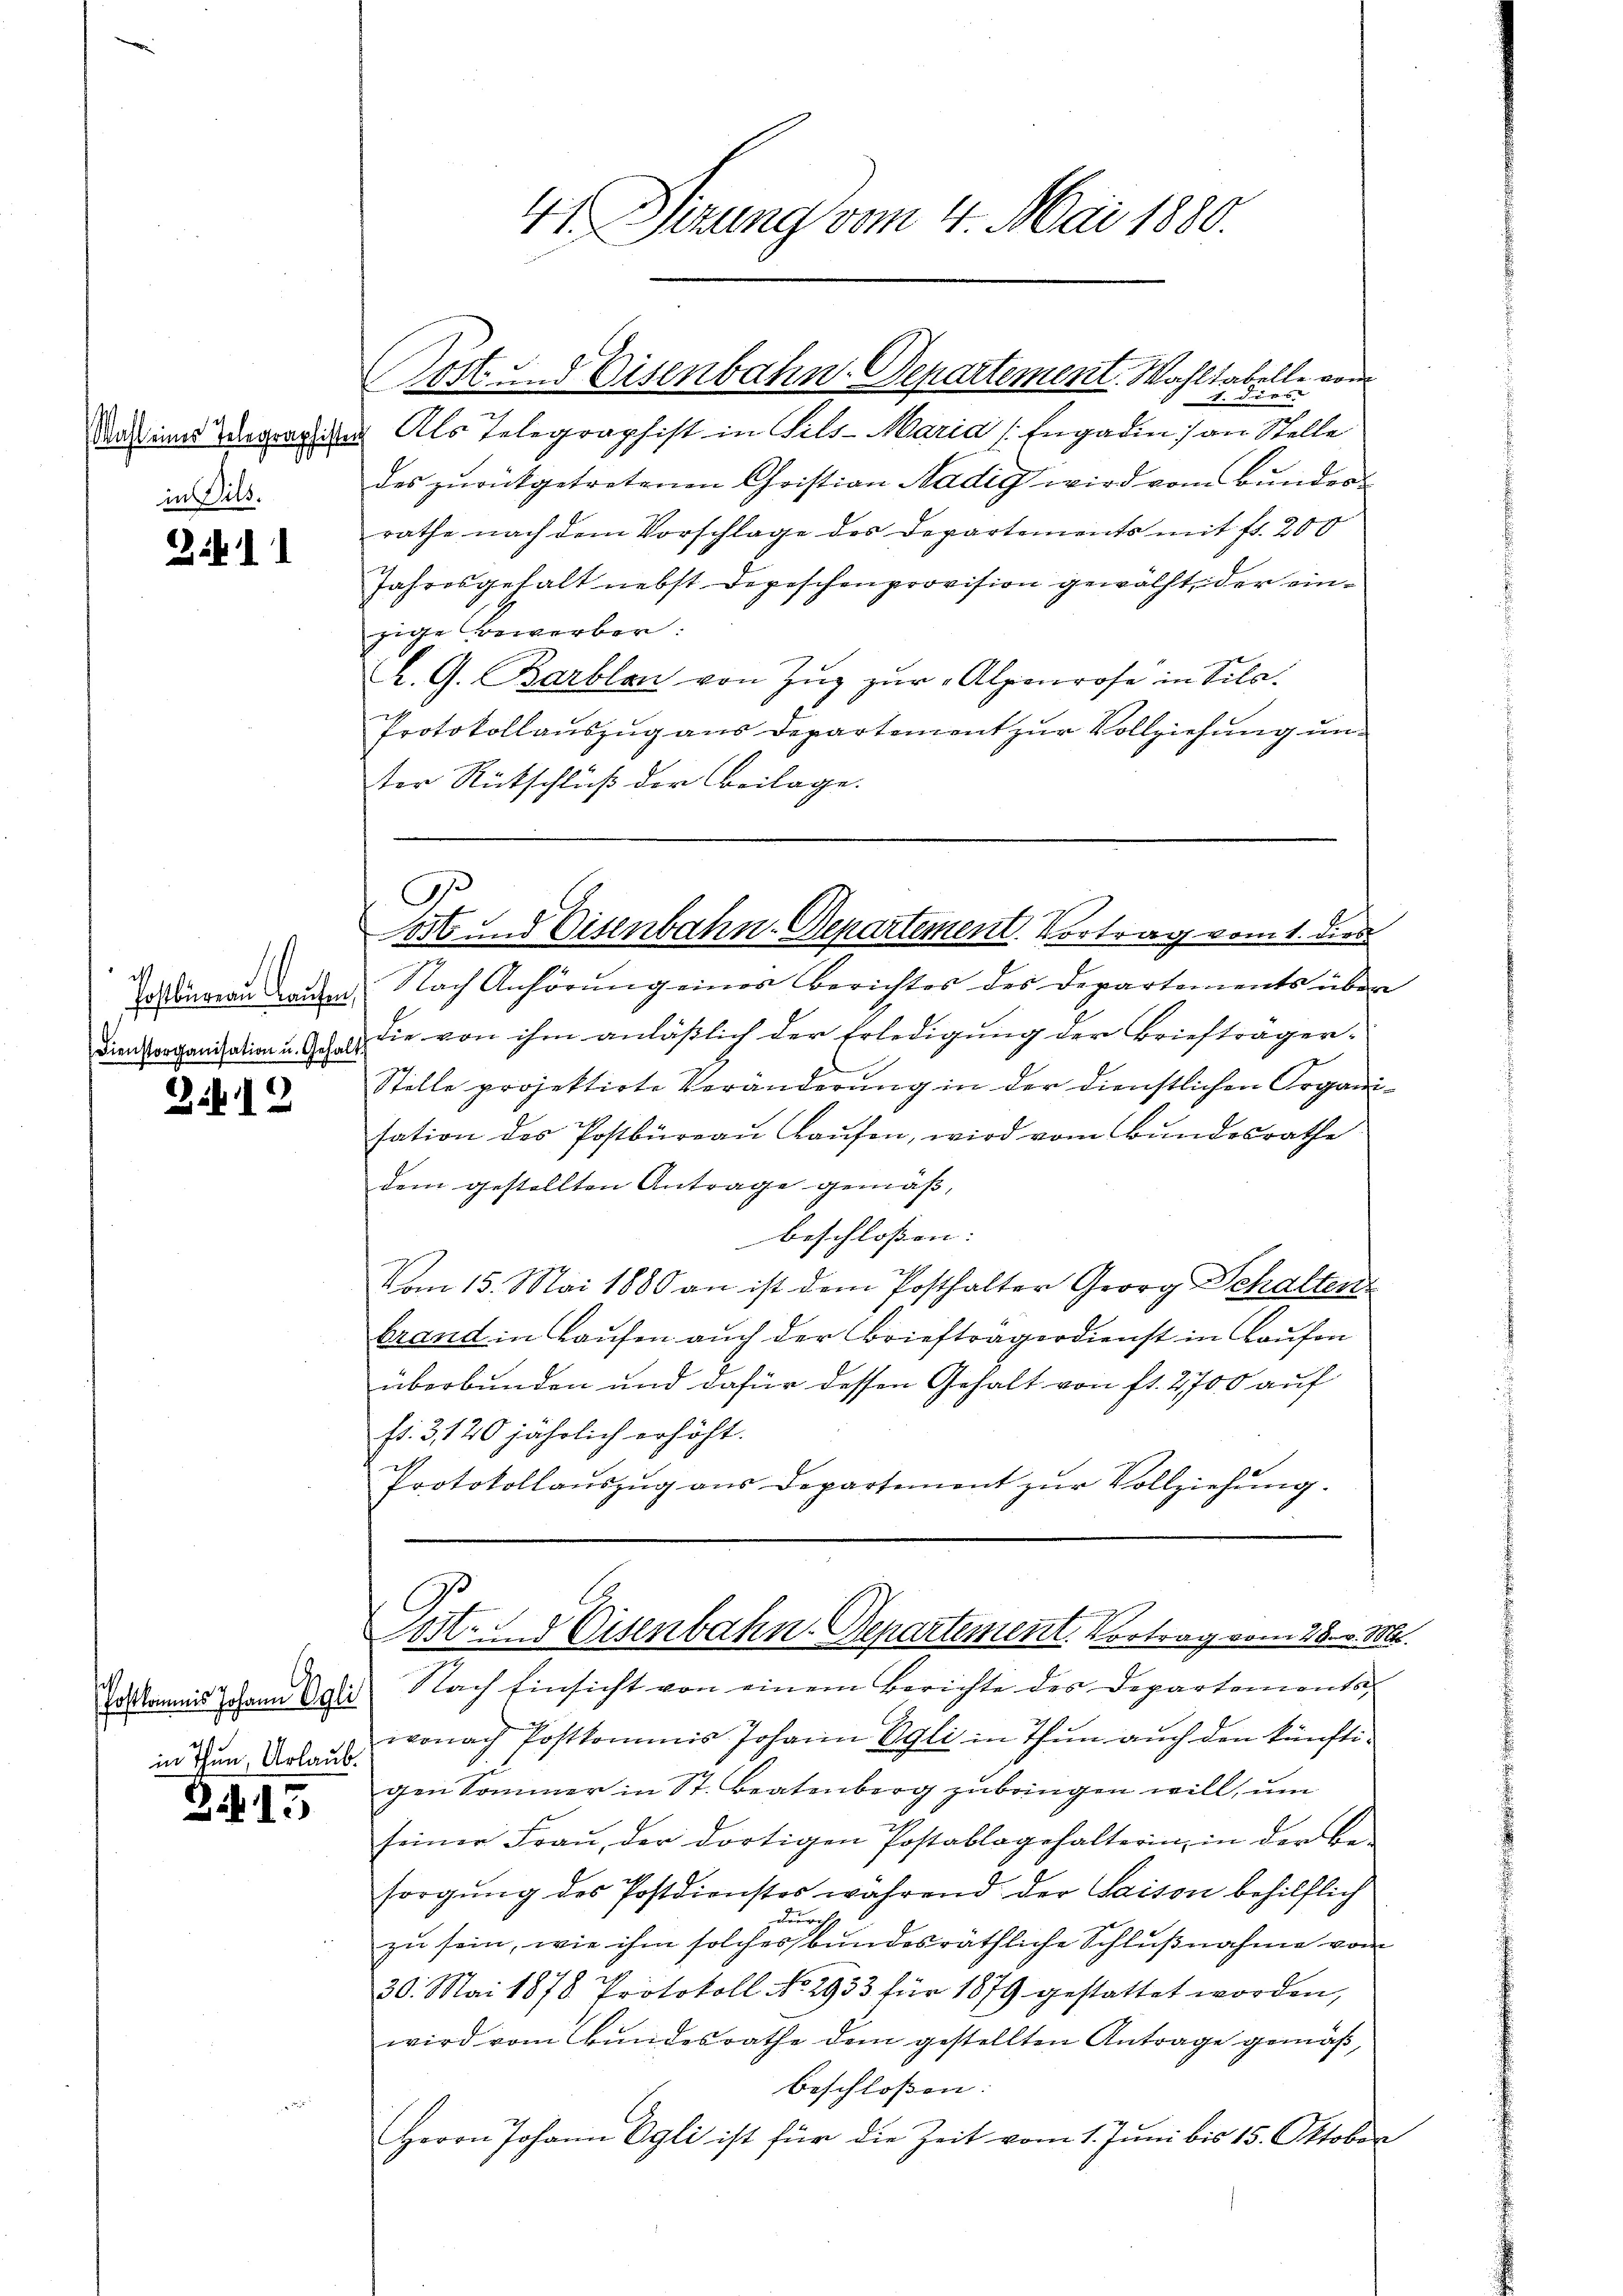
in Bild.

2.11

d
Postbureau Kaufen
Dienstorganisation u. Gehalt

Z.12

Postkommis Johann Egli
in Thun, Urlaub.

Z 15

1. der |
Das im Wegraphien. Als Telegraphist in Fels-Maria (Engadin an Stelle
des zurückgetretenen Christian Nadig wird vom Bunder
rathe nach dem Vorschlage des Departements mit fr. 200
Jahresgehalt nebst Depeschenprovision gewächt, der einzige Bewerber:
L. G. Barblan von Zŭg zŭr Alpenrose in Sils.
Protokollauszug aus Departement zur Vollziehung unter Rückschluß der Beilage.

4 Sizung vom 4. Mai 1880.

Döst und Eisenbahn-Departement. Wahl tabelle vom

G.
ost und Eisenbahn-Departement. Vortrag vom 1. dies

Nach Anhörung eines Berichtes des Departements über
die von ihm anläßlich der Erledigung der Briefträger¬
Stelle projektirte Veränderung in der dienstlichen Organisation des Postbüreau Laufen, wird vom Bundesrathe
dem gestellten Antrage gemäß,
beschlossen: |
Vom 15. Mai 1880 an ist dem Posthalter Georg Schalten
brand in Laufen auch der Briefträgerdienst in Kaufon
überbunden und dafür dessen Gehalt von fr. 2700 auf
fr. 3120 jährlich erhöht.
Protokollaŭszŭg aŭs Departement zŭr Vollziehŭng.

Post. I Eisenbahn-Departement. Vortrag vom 28. v. M.

Nach Einsicht von einem Berichte des Departements
wonach Postkommis Johann Egli in Thun auch den künftigen Sommer in St. Beatenberg zubringen will, um
seiner Fraŭ, der dortigen Postablagehalterin, in der be-
sorgung des Postdienstes während der Saison behilflich
durch
zu sein, wie ihm solches bundesräthliche Schlußnahme vom
30. Mai 1878 Protokoll No 2933 für 1879 gestattet worden,
wird vom Bundesrathe dem gestellten Antrage gemäß,
beschlossen. |
Herrn Johann Egli ist für die Zeit vom 1. Jŭni bis 15. Oktober